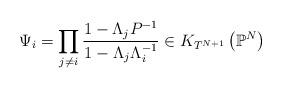
LaTeX: \begin{align*}\Psi_i = \prod_{j \neq i} \frac{1-\Lambda_j P^{-1}}{1-\Lambda_j \Lambda_i^{-1}} \in K_{T^{N+1}}\left( \mathbb{P}^N \right)\end{align*}